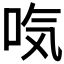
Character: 𰇜